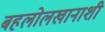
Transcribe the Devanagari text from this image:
बहलोलखानाशी